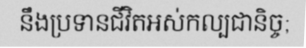
នឹងប្រទានជីវិតអស់កល្បជានិច្ច;